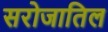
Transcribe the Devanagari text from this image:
सरोजातिल